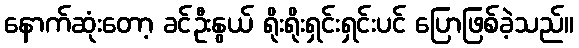
နောက်ဆုံးတော့ ခင်ဦးနွယ် ရိုးရိုးရှင်းရှင်းပင် ပြောဖြစ်ခဲ့သည်။